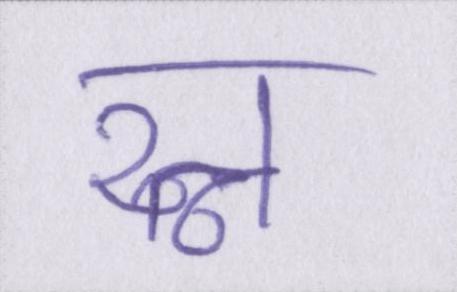
रत्न